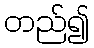
တည်၍